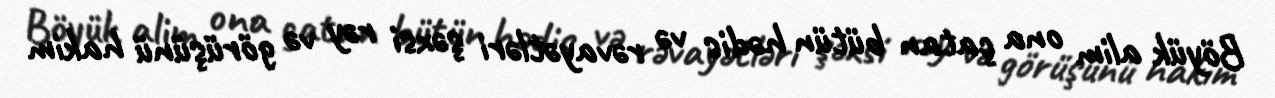
Böyük alim ona çatan bütün hədis və rəvayətləri şəxsi rəy və görüşünü hakim